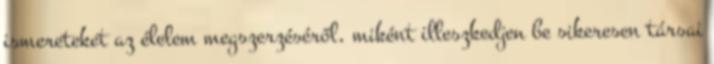
ismereteket az élelem megszerzéséről, miként illeszkedjen be sikeresen társai